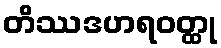
တိဿဒဟရဝတ္ထု